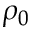
\rho _ { 0 }